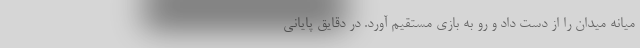
میانه میدان را از دست داد و رو به بازی مستقیم آورد. در دقایق پایانی